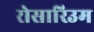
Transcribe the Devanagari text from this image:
रोसारिउम